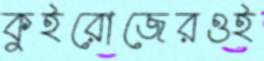
কুইরোজেরওই